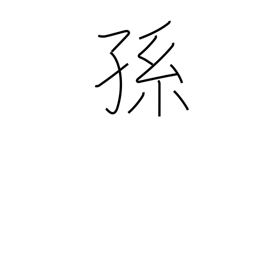
Meaning: descendants